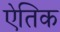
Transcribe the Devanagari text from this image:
ऐतिक